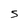
Character: 5